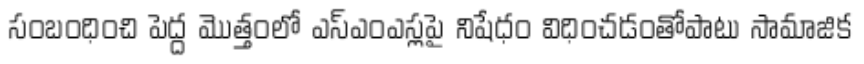
సంబంధించి పెద్ద మొత్తంలో ఎస్ఎంఎస్లపై నిషేధం విధించడంతోపాటు సామాజిక